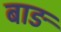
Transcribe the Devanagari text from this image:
बाङ